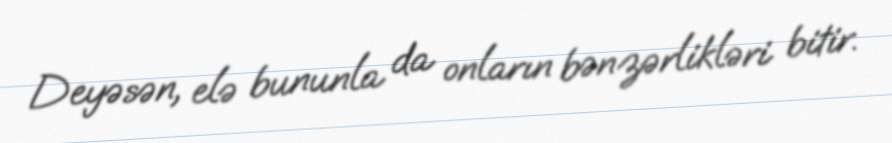
Deyəsən, elə bununla da onların bənzərlikləri bitir.